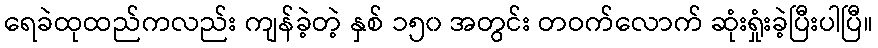
ရေခဲထုထည်ကလည်း ကျန်ခဲ့တဲ့ နှစ် ၁၅၀ အတွင်း တဝက်လောက် ဆုံးရှုံးခဲ့ပြီးပါပြီ။